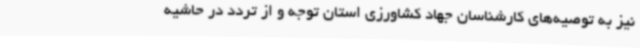
نیز به توصیه‌های کارشناسان جهاد کشاورزی استان توجه و از تردد در حاشیه